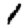
Digit: 1